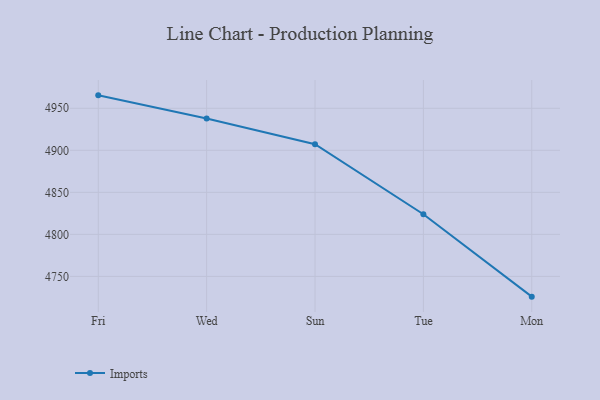
{"axis": {"x": "Day", "y": "Shipments"}, "legend": ["Imports"], "data": [{"x": "Fri", "y": 4965.4, "type": "Imports"}, {"x": "Wed", "y": 4937.9, "type": "Imports"}, {"x": "Sun", "y": 4907.2, "type": "Imports"}, {"x": "Tue", "y": 4823.9, "type": "Imports"}, {"x": "Mon", "y": 4725.9, "type": "Imports"}]}